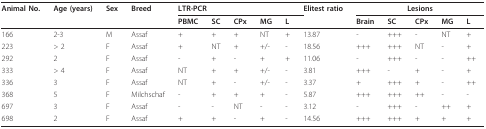
<table><thead><tr><td><b>Animal No.</b></td><td><b>Age (years)</b></td><td><b>Sex</b></td><td><b>Breed</b></td><td colspan="5"><b>LTR-PCR</b></td><td><b>Elitest ratio</b></td><td colspan="5"><b>Lesions</b></td></tr><tr><td></td><td></td><td></td><td></td><td><b>PBMC</b></td><td><b>SC</b></td><td><b>CPx</b></td><td><b>MG</b></td><td><b>L</b></td><td></td><td><b>Brain</b></td><td><b>SC</b></td><td><b>CPx</b></td><td><b>MG</b></td><td><b>L</b></td></tr></thead><tbody><tr><td>166</td><td>2-3</td><td>M</td><td>Assaf</td><td>+</td><td>+</td><td>+</td><td>NT</td><td>+</td><td>13.87</td><td>-</td><td>+++</td><td>-</td><td>NT</td><td>+</td></tr><tr><td>223</td><td>&gt; 2</td><td>F</td><td>Assaf</td><td>+</td><td>NT</td><td>+</td><td>+/-</td><td>-</td><td>18.56</td><td>+++</td><td>+++</td><td>NT</td><td>-</td><td>+</td></tr><tr><td>292</td><td>2</td><td>F</td><td>Assaf</td><td>-</td><td>+</td><td>-</td><td>+</td><td>+</td><td>11.06</td><td>-</td><td>+++</td><td>-</td><td>-</td><td>++</td></tr><tr><td>333</td><td>&gt; 4</td><td>F</td><td>Assaf</td><td>NT</td><td>+</td><td>+</td><td>+/-</td><td>-</td><td>3.81</td><td>+++</td><td>-</td><td>+</td><td>-</td><td>+</td></tr><tr><td>336</td><td>3</td><td>F</td><td>Assaf</td><td>NT</td><td>+</td><td>-</td><td>+/-</td><td>-</td><td>3.37</td><td>+</td><td>+++</td><td>+</td><td>-</td><td>++</td></tr><tr><td>368</td><td>5</td><td>F</td><td>Milchschaf</td><td>-</td><td>+</td><td>+</td><td>+</td><td>-</td><td>5.87</td><td>+++</td><td>+++</td><td>++</td><td>-</td><td>-</td></tr><tr><td>697</td><td>3</td><td>F</td><td>Assaf</td><td>-</td><td>-</td><td>NT</td><td>-</td><td>-</td><td>3.12</td><td>-</td><td>+++</td><td>-</td><td>++</td><td>+</td></tr><tr><td>698</td><td>2</td><td>F</td><td>Assaf</td><td>+</td><td>+</td><td>-</td><td>+</td><td>-</td><td>14.56</td><td>+++</td><td>+++</td><td>+</td><td>+</td><td>+</td></tr></tbody></table>